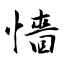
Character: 懎